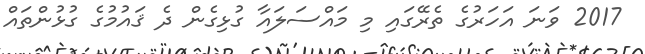
2017 ވަނަ އަހަރުގެ ތެރޭގައި މި މައްސަލައާ ގުޅިގެން ދެ ޤައުމުގެ ގުޅުންތައް